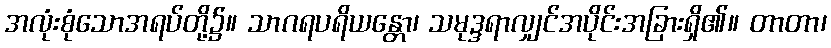
အလုံးစုံသောအရပ်တို့၌။ သာဂရပရိယန္တော၊ သမုဒ္ဒရာလျှင်အပိုင်းအခြားရှိ၏။ တာတာ၊